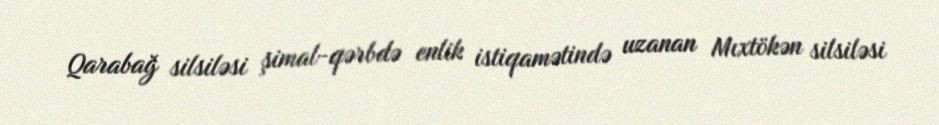
Qarabağ silsiləsi şimal-qərbdə enlik istiqamətində uzanan Mıxtökən silsiləsi